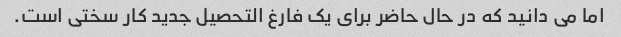
اما می دانید که در حال حاضر برای یک فارغ التحصیل جدید کار سختی است.